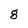
Character: g